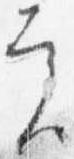
実